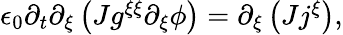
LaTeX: \begin{array}{r}{\epsilon_{0}\partial_{t}\partial_{\xi}\left(Jg^{\xi\xi}\partial_{\xi}\phi\right)=\partial_{\xi}\left(Jj^{\xi}\right),}\end{array}